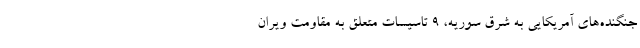
جنگنده‌های آمریکایی به شرق سوریه، ۹ تاسیسات متعلق به مقاومت ویران